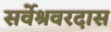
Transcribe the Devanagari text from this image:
सर्वेश्रवरदास